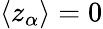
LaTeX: \langle z_{\alpha}\rangle=0